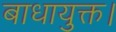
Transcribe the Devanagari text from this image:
बाधायुक्त।